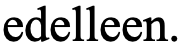
edelleen.